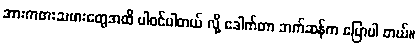
အားကစားသမားတွေအထိ ပါဝင်ပါတယ် လို့ ဒေါက်တာ ဘက်ဆန်က ပြောပါ တယ်။